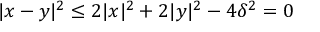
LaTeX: | x - y | ^ { 2 } \leq 2 | x | ^ { 2 } + 2 | y | ^ { 2 } - 4 \delta ^ { 2 } = 0